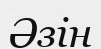
Әзін